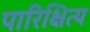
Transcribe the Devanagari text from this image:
पारिक्षित्य